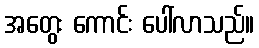
အတွေး ကောင်း ပေါ်လာသည်။